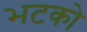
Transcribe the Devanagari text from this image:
भटको